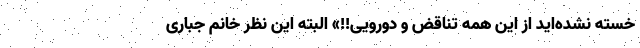
خسته نشده‌اید از این همه تناقض و دورویی!!» البته این نظر خانم جباری